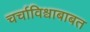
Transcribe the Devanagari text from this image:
चर्चाविश्वाबाबत